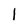
Character: 1